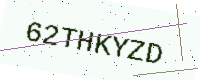
Text: 62THKYZD